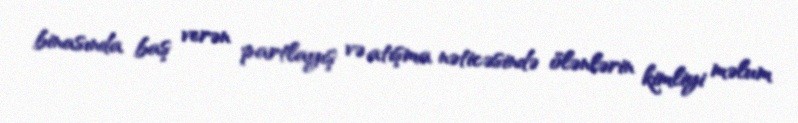
binasında baş verən partlayış və atışma nəticəsində ölənlərin kimliyi məlum